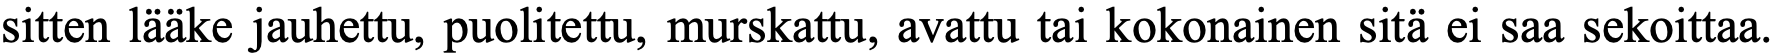
sitten lääke jauhettu, puolitettu, murskattu, avattu tai kokonainen sitä ei saa sekoittaa.